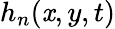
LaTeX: h_{n}(\mathit{x},y,t)